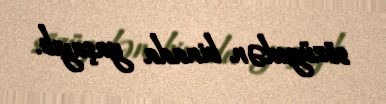
sözügedən binada yaşayıb.